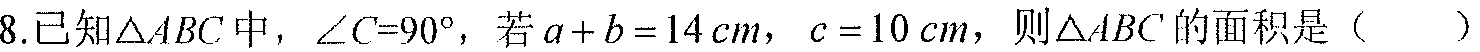
8.已知\(\triangle ABC\)中，\(\angle C = 90^{\circ}\)，若\(a + b = 14\mathrm{cm}\)，\(c = 10\mathrm{cm}\)，则\(\triangle ABC\)的面积是（  ）